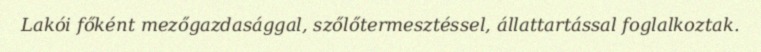
Lakói főként mezőgazdasággal, szőlőtermesztéssel, állattartással foglalkoztak.